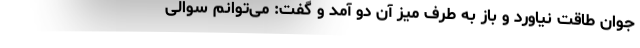
جوان طاقت نیاورد و باز به طرف میز آن دو آمد و گفت: می‌توانم سوالی